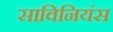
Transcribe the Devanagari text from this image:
साविनियंस